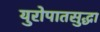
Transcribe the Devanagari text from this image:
युरोपातसुद्धा